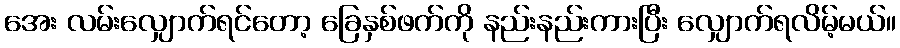
အေး လမ်းလျှောက်ရင်တော့ ခြေနှစ်ဖက်ကို နည်းနည်းကားပြီး လျှောက်ရလိမ့်မယ်။